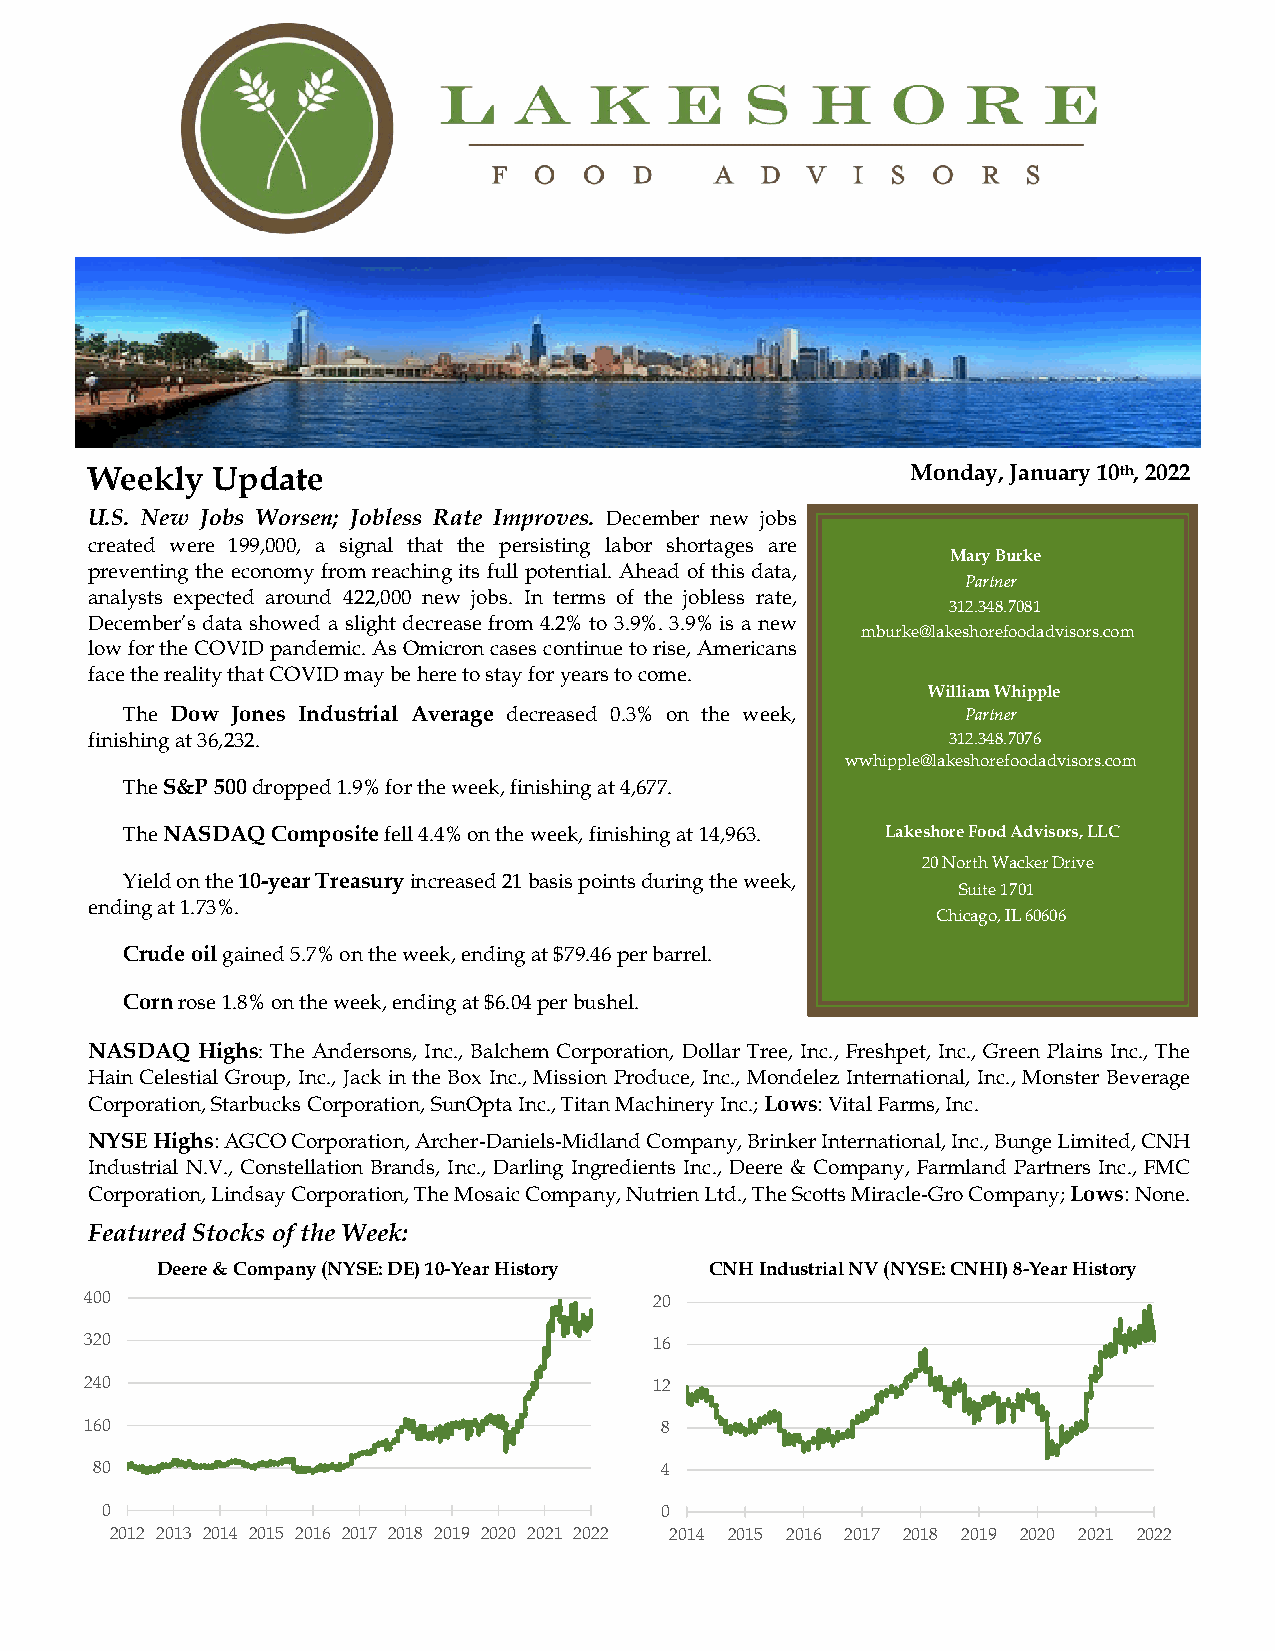
Weekly  Update                                        Monday, January 10th, 2022
 U.S. New Jobs Worsen; Jobless Rate Improves. December new jobs
 created were 199,000, a signal that the persisting labor shortages are
 Mary Burke
 preventing the economy from reaching its full potential. Ahead of this data,
 analysts expected around 422,000 new jobs. In terms of the jobless rate,
 Partner
 312.348.7081
 December’s data showed a slight decrease from 4.2% to 3.9%. 3.9% is a new
 mburke@lake s horefood a dvisors.com
 low for the COVID pandemic. As Omicron cases continue to rise, Americans
 face the reality that COVID may be here to stay for years to come.
 William Whipp l e
 The Dow Jones Industrial Average decreased 0.3% on the week, Partner
 finishing at 36,232.                                     312.348 .7076
 wwhipple@lakeshorefoodad visors.com
 The S&P 500 dropped 1.9% for the week, finishing at 4,677.
 The NASDAQ Composite fell 4.4% on the week, finishing at 14,963. Lakeshore Food Advisors, LLC
 20 North W acker Drive
 Yield on the 10-year Treasury increased 21 basis points during the week,
 Suite 1701
 ending at 1.73%.
 Chicago, IL 60606
 Crude oil gained 5.7% on the week, ending at $79.46 per barrel.
 Corn rose 1.8% on the week, ending at $6.04 per bushel.
 NASDAQ Highs: The Andersons, Inc., Balchem Corporation, Dollar Tree, Inc., Freshpet, Inc., Green Plains Inc., The
 Hain Celestial Group, Inc., Jack in the Box Inc., Mission Produce, Inc., Mondelez International, Inc., Monster Beverage
 Corporation, Starbucks Corporation, SunOpta Inc., Titan Machinery Inc.; Lows: Vital Farms, Inc.
 NYSE Highs: AGCO Corporation, Archer-Daniels-Midland Company, Brinker International, Inc., Bunge Limited, CNH
 Industrial N.V., Constellation Brands, Inc., Darling Ingredients Inc., Deere & Company, Farmland Partners Inc., FMC
 Corporation, Lindsay Corporation, The Mosaic Company, Nutrien Ltd., The Scotts Miracle-Gro Company; Lows: None.
 Featured Stocks of the Week:
 Deere & Company (NYSE: DE) 10-Year History CNH Industrial NV (NYSE: CNHI) 8-Year History
 400                                  20
 320                                  16
 240                                  12
 160                                   8
 80                                    4
 0                                    0
 2012 2013 2014 2015 2016 2017 2018 2019 2020 2021 2022 2014 2015 2016 2017 2018 2019 2020 2021 2022